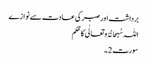
برداشت اور صبر کی عادت سے نوازے
اللہ سُبحانُہُ و تعالٰی کا حُکم
سورت 2 ۔